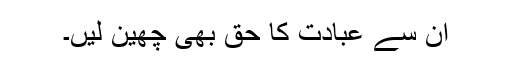
ان سے عبادت کا حق بھی چھین لیں۔